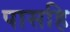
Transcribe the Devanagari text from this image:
पासहि